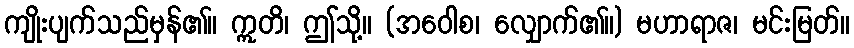
ကျိုးပျက်သည်မှန်၏။ ဣတိ၊ ဤသို့။ (အဝေါစ၊ လျှောက်၏။) မဟာရာဇ၊ မင်းမြတ်။